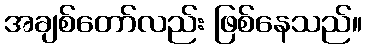
အချစ်တော်လည်း ဖြစ်နေသည်။